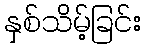
နှစ်သိမ့်ခြင်း